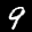
Label: 9